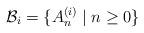
LaTeX: \begin{align*}{\mathcal B}_i=\{A_n^{(i)}\mid n\ge 0\}\end{align*}